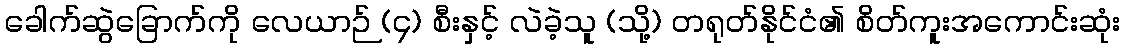
ခေါက်ဆွဲခြောက်ကို လေယာဉ် (၄) စီးနှင့် လဲခဲ့သူ (သို့) တရုတ်နိုင်ငံ၏ စိတ်ကူးအကောင်းဆုံး